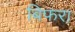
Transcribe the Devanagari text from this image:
बिफरा